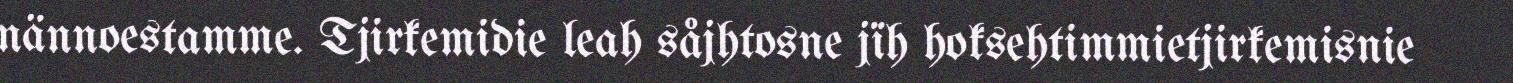
nännoestamme. Tjirkemidie leah såjhtosne jïh hoksehtimmietjirkemisnie